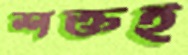
শক্তই